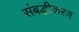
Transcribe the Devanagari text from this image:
संबद्धीकरण